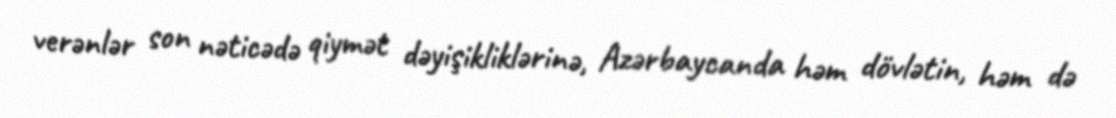
verənlər son nəticədə qiymət dəyişikliklərinə, Azərbaycanda həm dövlətin, həm də